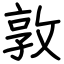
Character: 敦